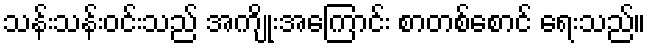
သန်းသန်းဝင်းသည် အကျိုးအကြောင်း စာတစ်စောင် ရေးသည်။